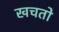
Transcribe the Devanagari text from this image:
खचतो